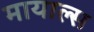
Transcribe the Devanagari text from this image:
मायाल्स